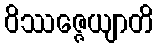
ဝိဿဇ္ဇေယျာတိ